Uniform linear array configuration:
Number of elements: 8
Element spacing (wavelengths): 0.75
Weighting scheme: binomial
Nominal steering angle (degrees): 15
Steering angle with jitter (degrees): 15.733
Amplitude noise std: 0.05
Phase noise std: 0.05

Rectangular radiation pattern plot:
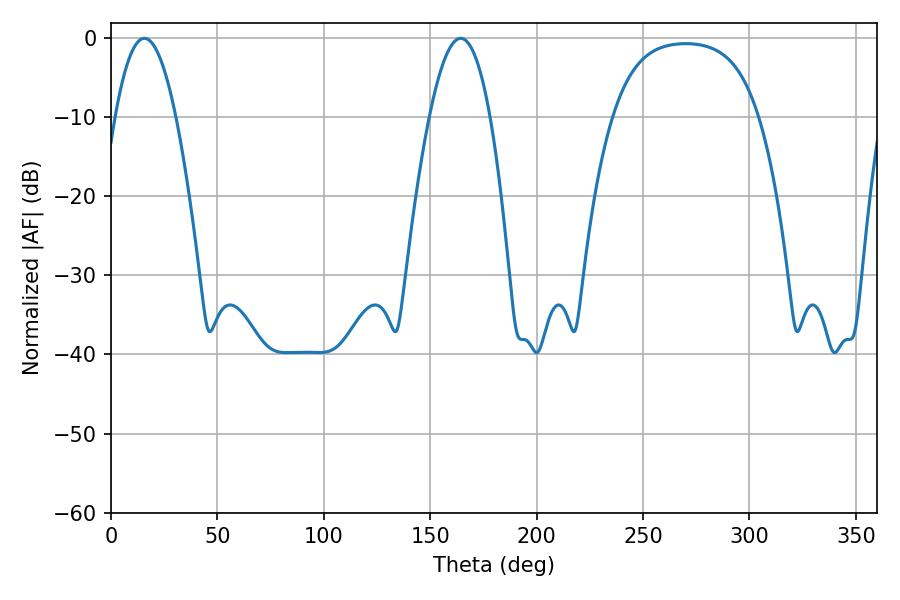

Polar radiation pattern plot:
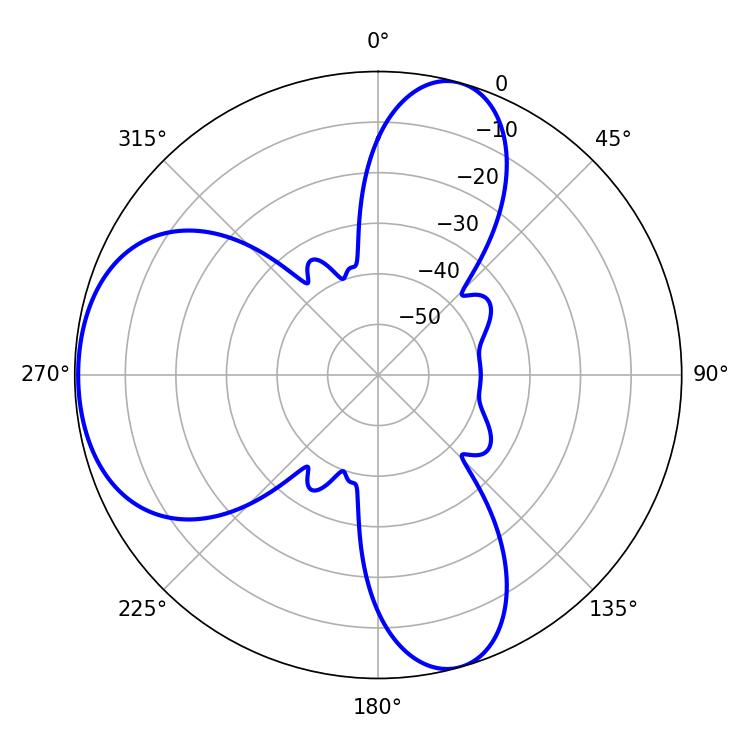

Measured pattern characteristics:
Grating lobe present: TRUE
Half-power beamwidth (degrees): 15.48
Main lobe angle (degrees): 15.66